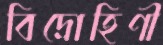
বিদ্রোহিণী